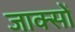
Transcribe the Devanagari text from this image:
जाक्सों